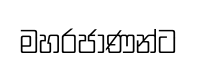
මහරජාණන්ට